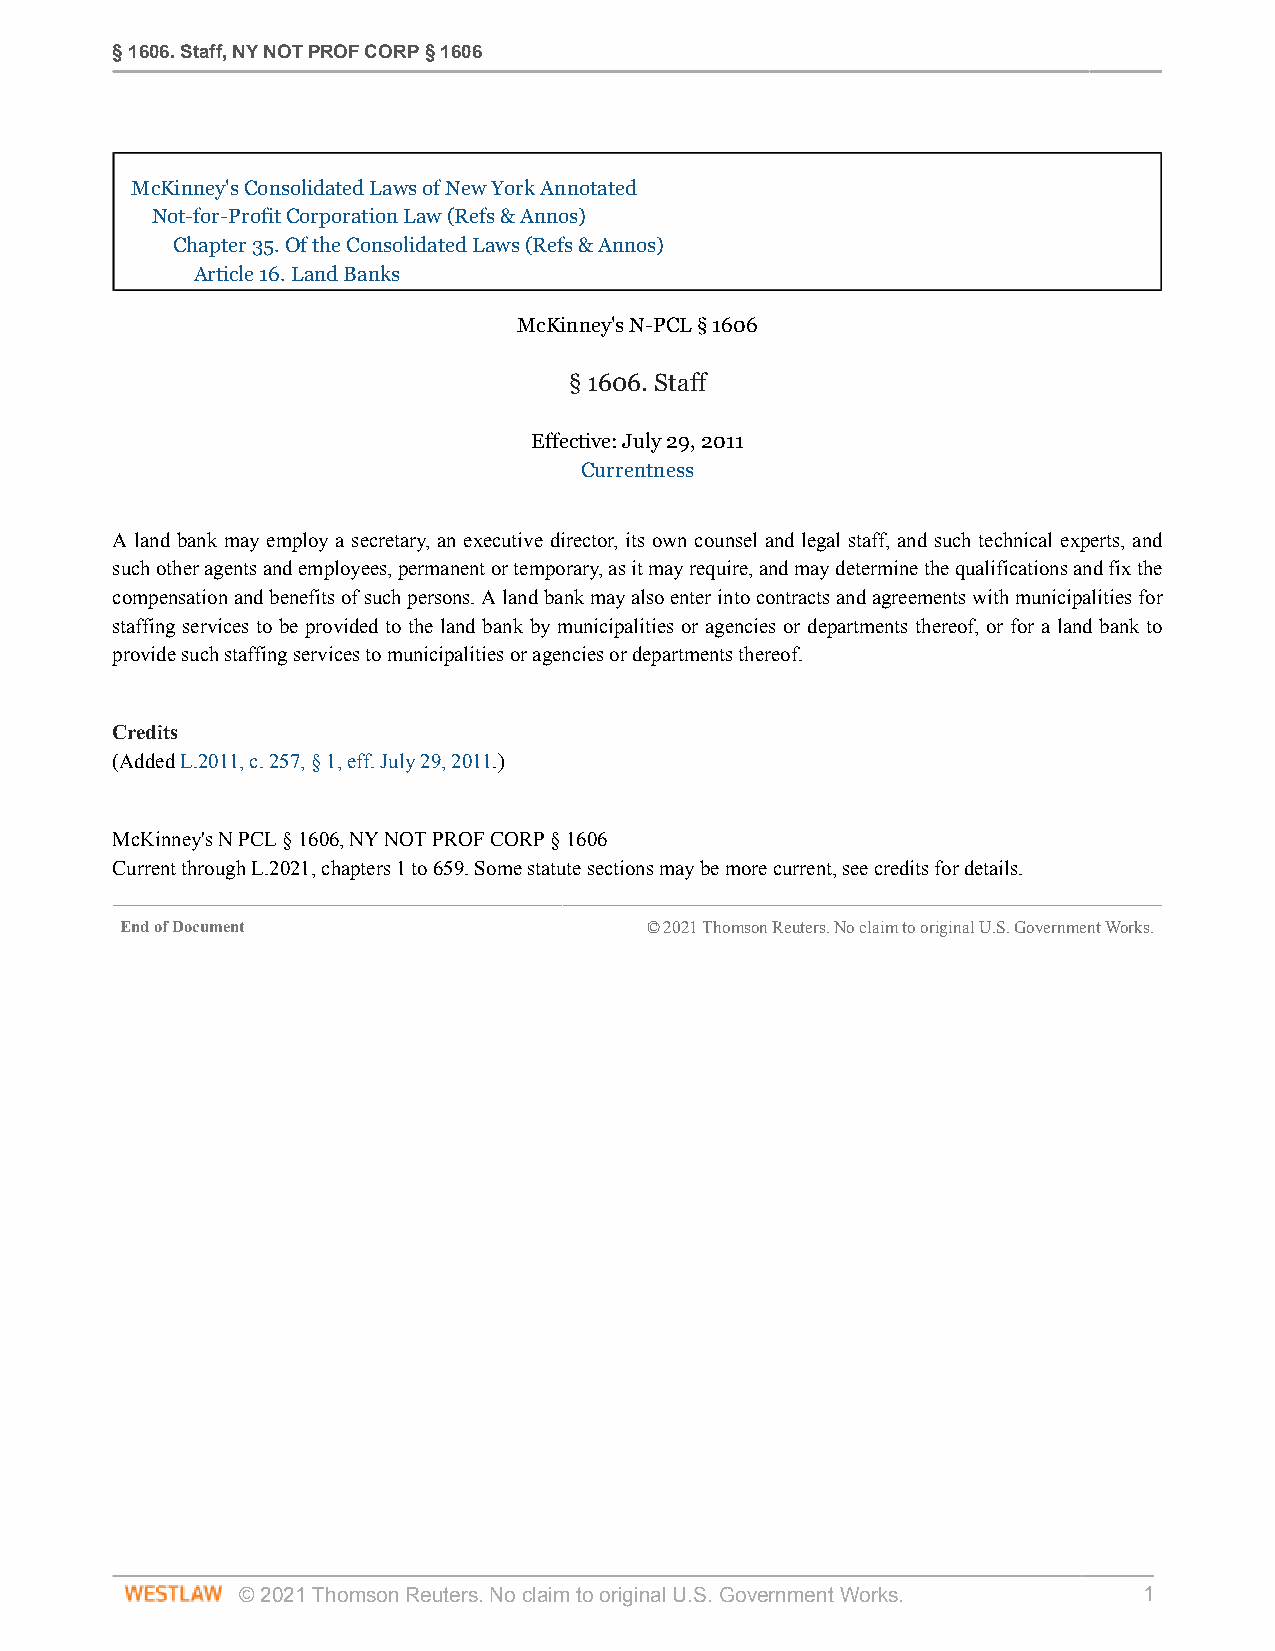
§ 1606. Staff, NY NOT PROF CORP § 1606
 McKinney's Consolidated Laws of New York Annotated
 Not-for-Profit Corporation Law (Refs & Annos)
 Chapter 35. Of the Consolidated Laws (Refs & Annos)
 Article 16. Land Banks
 McKinney's N-PCL § 1606
 § 1606. Staff
 Effective: July 29, 2011
 Currentness
 A land bank may employ a secretary, an executive director, its own counsel and legal staff, and such technical experts, and
 such other agents and employees, permanent or temporary, as it may require, and may determine the qualifications and fix the
 compensation and benefits of such persons. A land bank may also enter into contracts and agreements with municipalities for
 staffing services to be provided to the land bank by municipalities or agencies or departments thereof, or for a land bank to
 provide such staffing services to municipalities or agencies or departments thereof.
 Credits
 (Added L.2011, c. 257, § 1, eff. July 29, 2011.)
 McKinney's N PCL § 1606, NY NOT PROF CORP § 1606
 Current through L.2021, chapters 1 to 659. Some statute sections may be more current, see credits for details.
 End of Document                    © 2021 Thomson Reuters. No claim to original U.S. Government Works.
 © 2021 Thomson Reuters. No claim to original U.S. Government Works. 1